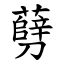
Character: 㔑